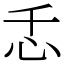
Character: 忎